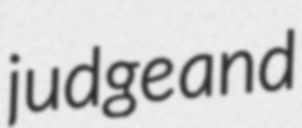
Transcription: judge and